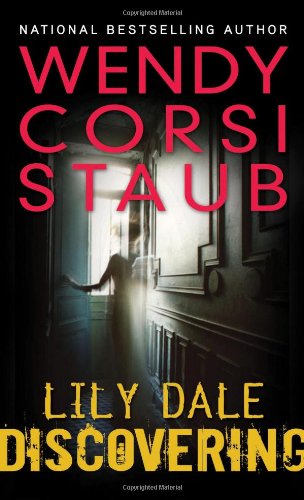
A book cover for Lily Dale: Discovering; Wendy Corsi Staub; Teen & Young Adult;